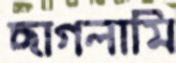
ছাগলামি